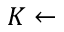
K \leftarrow